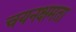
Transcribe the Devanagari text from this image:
चयनक्षमता